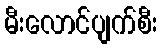
မီးလောင်ပျက်စီး